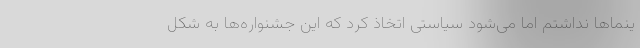
ینماها نداشتم اما می‌شود سیاستی اتخاذ کرد که این جشنواره‌ها به شکل